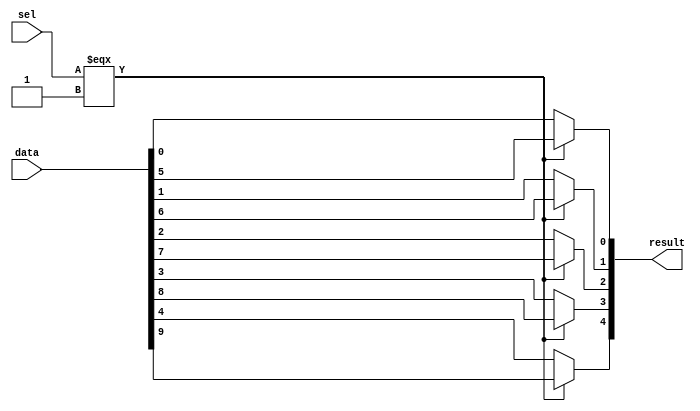
module  Chowdhury_LPM_5Bit2x1Mux_Dec7_mux
	( 
	data,
	result,
	sel) /* synthesis synthesis_clearbox=1 */;
	input   [9:0]  data;
	output   [4:0]  result;
	input   [0:0]  sel;
`ifndef ALTERA_RESERVED_QIS
// synopsys translate_off
`endif
	tri0   [9:0]  data;
	tri0   [0:0]  sel;
`ifndef ALTERA_RESERVED_QIS
// synopsys translate_on
`endif

	wire	wire_l1_w0_n0_mux_dataout;
	wire	wire_l1_w1_n0_mux_dataout;
	wire	wire_l1_w2_n0_mux_dataout;
	wire	wire_l1_w3_n0_mux_dataout;
	wire	wire_l1_w4_n0_mux_dataout;
	wire  [9:0]  data_wire;
	wire  [4:0]  result_wire_ext;
	wire  [0:0]  sel_wire;

	assign		wire_l1_w0_n0_mux_dataout = (sel_wire[0] === 1'b1) ? data_wire[5] : data_wire[0];
	assign		wire_l1_w1_n0_mux_dataout = (sel_wire[0] === 1'b1) ? data_wire[6] : data_wire[1];
	assign		wire_l1_w2_n0_mux_dataout = (sel_wire[0] === 1'b1) ? data_wire[7] : data_wire[2];
	assign		wire_l1_w3_n0_mux_dataout = (sel_wire[0] === 1'b1) ? data_wire[8] : data_wire[3];
	assign		wire_l1_w4_n0_mux_dataout = (sel_wire[0] === 1'b1) ? data_wire[9] : data_wire[4];
	assign
		data_wire = {data},
		result = result_wire_ext,
		result_wire_ext = {wire_l1_w4_n0_mux_dataout, wire_l1_w3_n0_mux_dataout, wire_l1_w2_n0_mux_dataout, wire_l1_w1_n0_mux_dataout, wire_l1_w0_n0_mux_dataout},
		sel_wire = {sel[0]};
endmodule
module Chowdhury_LPM_5Bit2x1Mux_Dec7 (
	data0x,
	data1x,
	sel,
	result)/* synthesis synthesis_clearbox = 1 */;

	input	[4:0]  data0x;
	input	[4:0]  data1x;
	input	  sel;
	output	[4:0]  result;

	wire [4:0] sub_wire5;
	wire [4:0] sub_wire2 = data0x[4:0];
	wire [4:0] sub_wire0 = data1x[4:0];
	wire [9:0] sub_wire1 = {sub_wire2, sub_wire0};
	wire  sub_wire3 = sel;
	wire  sub_wire4 = sub_wire3;
	wire [4:0] result = sub_wire5[4:0];

	Chowdhury_LPM_5Bit2x1Mux_Dec7_mux	Chowdhury_LPM_5Bit2x1Mux_Dec7_mux_component (
				.data (sub_wire1),
				.sel (sub_wire4),
				.result (sub_wire5));

endmodule